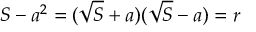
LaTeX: S - a ^ { 2 } = ( { \sqrt { S } } + a ) ( { \sqrt { S } } - a ) = r